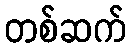
တစ်ဆက်